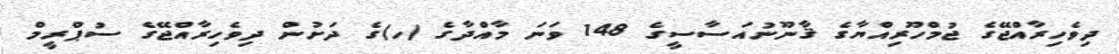
ދިވެހިރާއްޖޭގެ ޖުމްހޫރިއްޔާގެ ޤާނޫނުއަސާސީގެ 148 ވަނަ މާއްދާގެ (ހ)ގެ ދަށުން ދިވެހިރާއްޖޭގެ ސުޕްރީމް